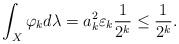
LaTeX: \begin{align*}\int_X\varphi_k d\lambda=a_k^2\varepsilon_k\frac{1}{2^k}\le \frac{1}{2^k}.\end{align*}